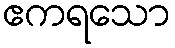
ဧကရသော